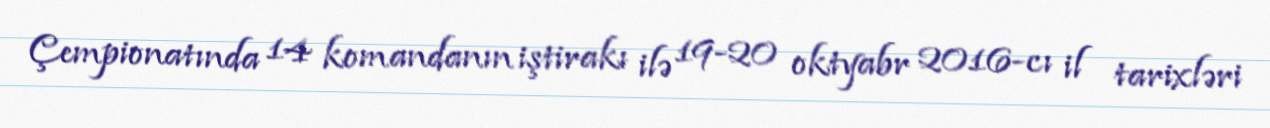
Çempionatında 14 komandanın iştirakı ilə 19-20 oktyabr 2016-cı il tarixləri